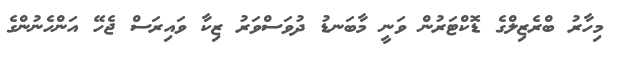
މިހާރު ބްރެޒިލްގެ ޑޮކްޓަރުން ވަނީ މާބަނޑު ދުވަސްވަރު ޒިކާ ވައިރަސް ޖެހޭ އަންހެނުންގެ